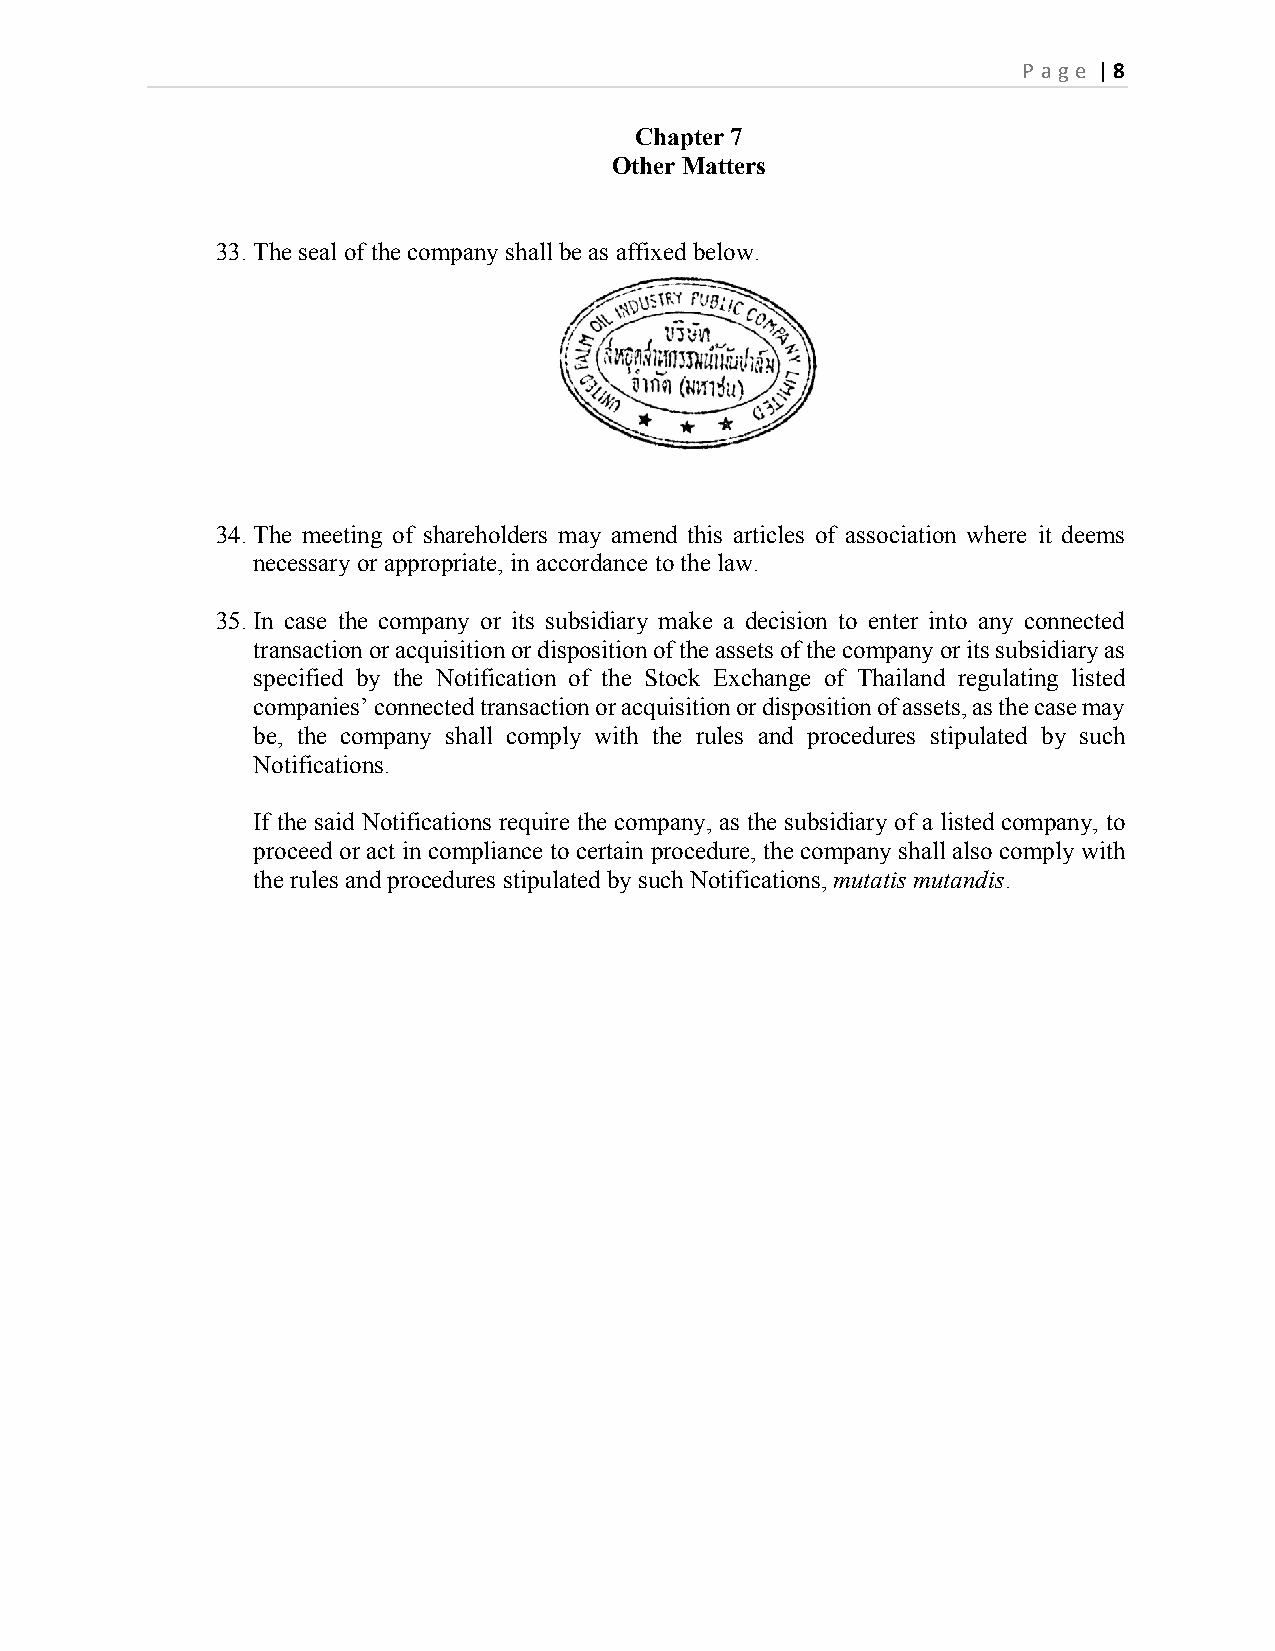
P age | 8
 Chapter 7
 Other Matters
 33. The seal of the company shall be as affixed below.
 34. The meeting of shareholders may amend this articles of association where it deems
 necessary or appropriate, in accordance to the law.
 35. In case the company or its subsidiary make a decision to enter into any connected
 transaction or acquisition or disposition of the assets of the company or its subsidiary as
 specified by the Notification of the Stock Exchange of Thailand regulating listed
 companies’ connected transaction or acquisition or disposition of assets, as the case may
 be, the company shall comply with the rules and procedures stipulated by such
 Notifications.
 If the said Notifications require the company, as the subsidiary of a listed company, to
 proceed or act in compliance to certain procedure, the company shall also comply with
 the rules and procedures stipulated by such Notifications, mutatis mutandis.